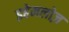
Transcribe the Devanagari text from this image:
इहेमलोज़